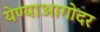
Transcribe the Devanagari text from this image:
येण्याआगोदर